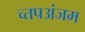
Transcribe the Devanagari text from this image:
च्तपअंजम